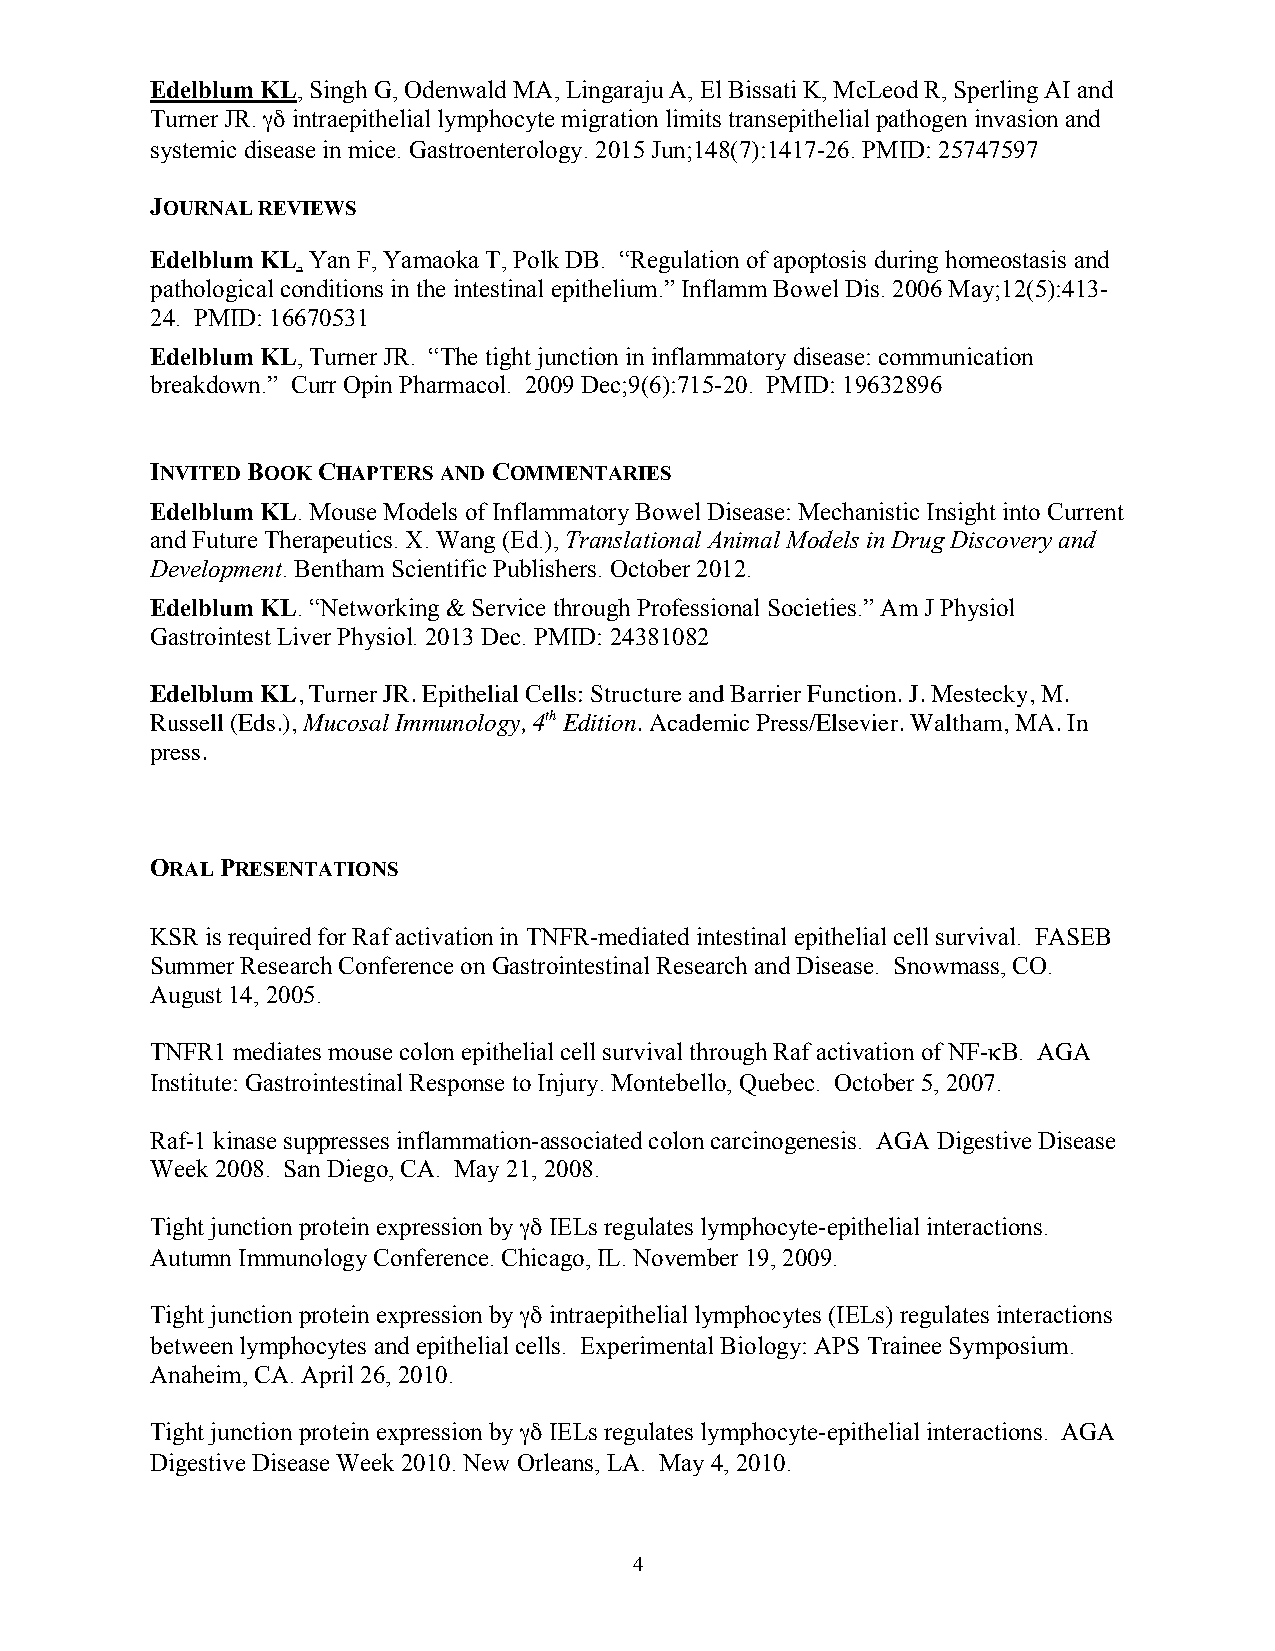
Edelblum KL, Singh G, Odenwald MA, Lingaraju A, El Bissati K, McLeod R, Sperling AI and
 Turner JR. γδ intraepithelial lymphocyte migration limits transepithelial pathogen invasion and
 systemic disease in mice. Gastroenterology. 2015 Jun;148(7):1417-26. PMID: 25747597
 JOURNAL REVIEWS
 Edelblum KL, Yan F, Yamaoka T, Polk DB. “Regulation of apoptosis during homeostasis and
 pathological conditions in the intestinal epithelium.” Inflamm Bowel Dis. 2006 May;12(5):413-
 24. PMID: 16670531
 Edelblum KL, Turner JR. “The tight junction in inflammatory disease: communication
 breakdown.” Curr Opin Pharmacol. 2009 Dec;9(6):715-20. PMID: 19632896
 INVITED BOOK CHAPTERS AND COMMENTARIES
 Edelblum KL. Mouse Models of Inflammatory Bowel Disease: Mechanistic Insight into Current
 and Future Therapeutics. X. Wang (Ed.), Translational Animal Models in Drug Discovery and
 Development. Bentham Scientific Publishers. October 2012.
 Edelblum KL. “Networking & Service through Professional Societies.” Am J Physiol
 Gastrointest Liver Physiol. 2013 Dec. PMID: 24381082
 Edelblum KL, Turner JR. Epithelial Cells: Structure and Barrier Function. J. Mestecky, M.
 Russell (Eds.), Mucosal Immunology, 4th Edition. Academic Press/Elsevier. Waltham, MA. In
 press.
 ORAL PRESENTATIONS
 KSR is required for Raf activation in TNFR-mediated intestinal epithelial cell survival. FASEB
 Summer Research Conference on Gastrointestinal Research and Disease. Snowmass, CO.
 August 14, 2005.
 TNFR1 mediates mouse colon epithelial cell survival through Raf activation of NF-κB. AGA
 Institute: Gastrointestinal Response to Injury. Montebello, Quebec. October 5, 2007.
 Raf-1 kinase suppresses inflammation-associated colon carcinogenesis. AGA Digestive Disease
 Week 2008. San Diego, CA. May 21, 2008.
 Tight junction protein expression by γδ IELs regulates lymphocyte-epithelial interactions.
 Autumn Immunology Conference. Chicago, IL. November 19, 2009.
 Tight junction protein expression by γδ intraepithelial lymphocytes (IELs) regulates interactions
 between lymphocytes and epithelial cells. Experimental Biology: APS Trainee Symposium.
 Anaheim, CA. April 26, 2010.
 Tight junction protein expression by γδ IELs regulates lymphocyte-epithelial interactions. AGA
 Digestive Disease Week 2010. New Orleans, LA. May 4, 2010.
 4